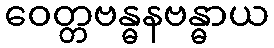
ဝေတ္တဗန္ဓနဗန္ဓာယ